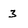
Character: 3